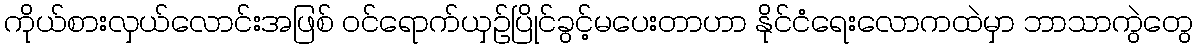
ကိုယ်စားလှယ်လောင်းအဖြစ် ဝင်ရောက်ယှဉ်ပြိုင်ခွင့်မပေးတာဟာ နိုင်ငံရေးလောကထဲမှာ ဘာသာကွဲတွေ